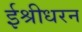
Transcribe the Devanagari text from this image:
ईश्रीधरन